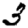
Digit: 3